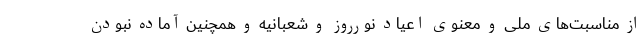
از مناسبت‌های ملی و معنوی اعیاد نورروز و شعبانیه و همچنین آماده نبودن